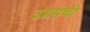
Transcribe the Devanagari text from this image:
उग्रपंथी